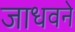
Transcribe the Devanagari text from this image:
जाधवने